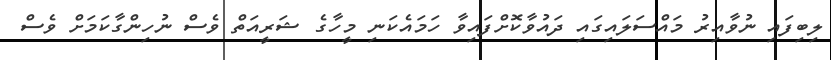
ލިބިފައި ނުވާއިރު މައްސަލައިގައި ދައުވާކޮށްފައިވާ ހަމައެކަނި މީހާގެ ޝަރީއަތް ވެސް ނުހިންގާކަމަށް ވެސް